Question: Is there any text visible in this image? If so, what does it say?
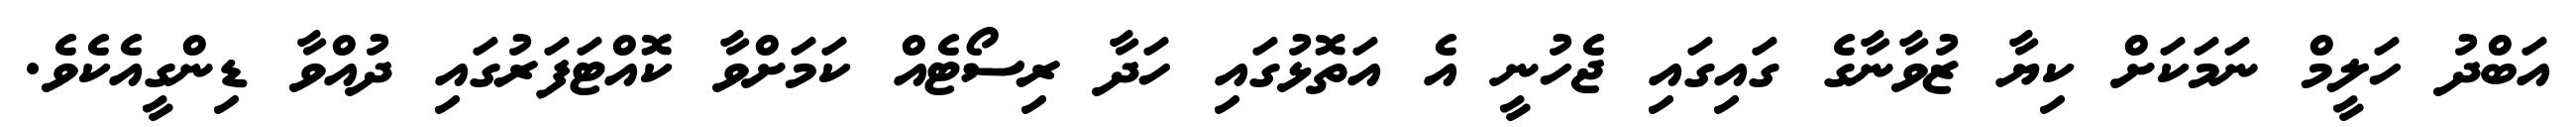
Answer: އަބްދު ހަލީމް ނަމަކަށް ކިޔާ ޒުވާނާގެ ގައިގައި ޖެހުނީ އެ އަތޮޅުގައި ހަދާ ރިސޯޓެއް ކަމަށްވާ ކޮއްޓަފަރުގައި ދުއްވާ ޑިންގީއެކެވެ.